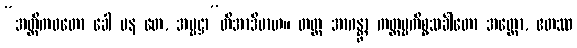
“အတ္ထိကဝတော ခေါ ပန တေ, အမ္ဗဋ္ဌာ”တိအာဒိမာဟ။ တတ္ထ အာဂန္တွာ ကတ္တဗ္ဗကိစ္စသင်္ခါတော အတ္ထော, ဧတဿ